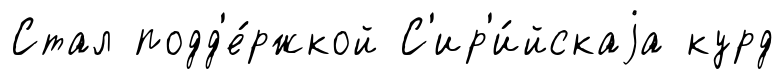
Стал подд'е́ржкой С'ир'и́йскаjа курд